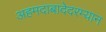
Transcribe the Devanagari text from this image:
अहमदाबादेदरम्यान